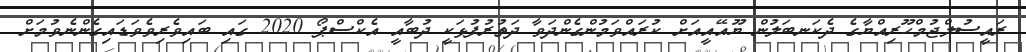
ރައީސުލްޖުމްހޫރިއްޔާގެ ދެކަނބަލުން ޔޫއޭއީއަށް ކުރައްވަމުންގެންދަވާ ދަތުރުފުޅަކީ ދުބާއީ އެކްސްޕޯ 2020 ގައި ބައިވެރިވެވަޑައިގެންނެވުމަށް